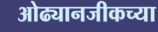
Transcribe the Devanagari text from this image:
ओढ्यानजीकच्या